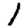
Digit: 1